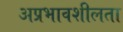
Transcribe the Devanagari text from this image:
अप्रभावशीलता